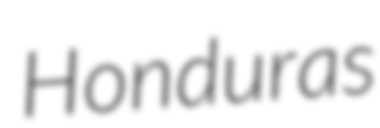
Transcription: Honduras